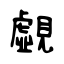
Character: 覷